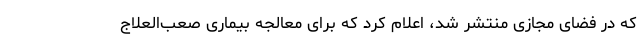
که در فضای مجازی منتشر شد، اعلام کرد که برای معالجه بیماری صعب‌العلاج